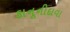
કાનૂનીદાવા